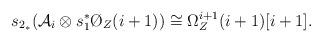
LaTeX: \begin{align*}s_{2_*} ({\cal A}_i \otimes s_1^* \O_Z(i+1)) \cong \Omega_Z^{i+1} (i+1) [i+1].\end{align*}